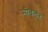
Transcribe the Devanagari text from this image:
मीवलर